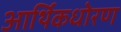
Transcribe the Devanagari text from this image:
आर्थिकधोरण